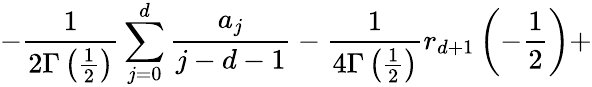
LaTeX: -\frac 1{2\Gamma\left(\frac 12\right)}\sum_{j=0}^{d}\frac{a_{j}}{j-d-1}-\frac 1{4\Gamma\left(\frac 12\right)}r_{d+1}\left(-\frac 12\right)+